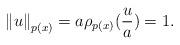
LaTeX: \begin{align*}\left\Vert u\right\Vert _{p(x)}=a\rho _{p(x)}(\frac{u}{a})=1. \end{align*}